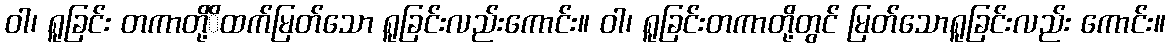
ဝါ၊ ရူခြင်း တကာတို့ိထက်မြတ်သော ရူခြင်းလည်းကောင်း။ ဝါ၊ ရူခြင်းတကာတို့တွင် မြတ်သောရူခြင်းလည်း ကောင်း။